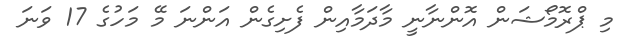
މި ޕްރޮމޯޝަން އޮންނާނީ މާދަމާއިން ފެށިގެން އަންނަ މޭ މަހުގެ 17 ވަނަ